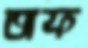
অফ